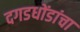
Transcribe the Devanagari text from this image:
दगडधोंडांचा